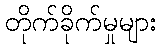
တိုက်ခိုက်မှုများ